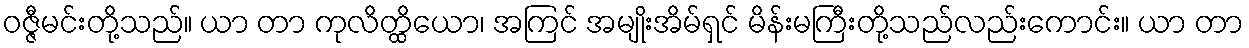
ဝဇ္ဇီမင်းတို့သည်။ ယာ တာ ကုလိတ္ထိယော၊ အကြင် အမျိုးအိမ်ရှင် မိန်းမကြီးတို့သည်လည်းကောင်း။ ယာ တာ